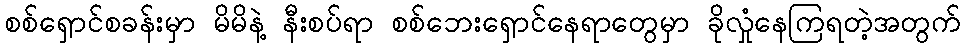
စစ်ရှောင်စခန်းမှာ မိမိနဲ့ နီးစပ်ရာ စစ်ဘေးရှောင်နေရာတွေမှာ ခိုလှုံနေကြရတဲ့အတွက်